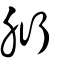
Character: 胻